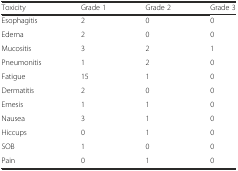
<table><thead><tr><td><b>Toxicity</b></td><td><b>Grade 1</b></td><td><b>Grade 2</b></td><td><b>Grade 3</b></td></tr></thead><tbody><tr><td>Esophagitis</td><td>2</td><td>0</td><td>0</td></tr><tr><td>Edema</td><td>2</td><td>0</td><td>0</td></tr><tr><td>Mucositis</td><td>3</td><td>2</td><td>1</td></tr><tr><td>Pneumonitis</td><td>1</td><td>2</td><td>0</td></tr><tr><td>Fatigue</td><td>15</td><td>1</td><td>0</td></tr><tr><td>Dermatitis</td><td>2</td><td>0</td><td>0</td></tr><tr><td>Emesis</td><td>1</td><td>1</td><td>0</td></tr><tr><td>Nausea</td><td>3</td><td>1</td><td>0</td></tr><tr><td>Hiccups</td><td>0</td><td>1</td><td>0</td></tr><tr><td>SOB</td><td>1</td><td>0</td><td>0</td></tr><tr><td>Pain</td><td>0</td><td>1</td><td>0</td></tr></tbody></table>